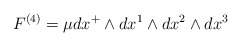
\begin{align*}F^{\left(4 \right)} = \mu dx^{+} \wedge dx^1 \wedge dx^2 \wedge dx^3\end{align*}